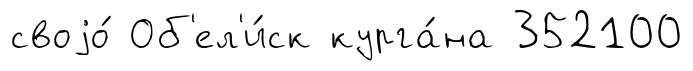
своjо́ Об'ел'и́ск курга́на 352100